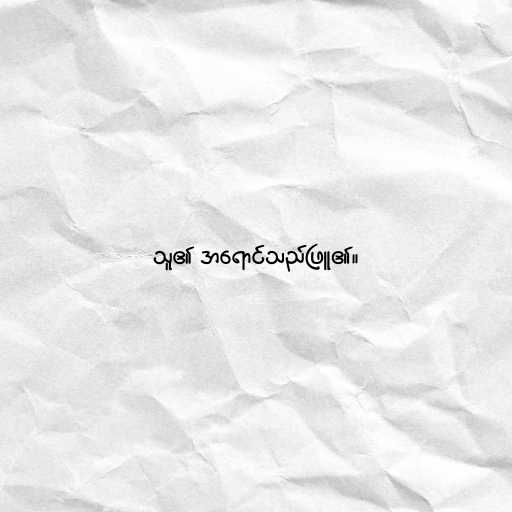
သူ၏ အရောင်သည်ဖြူ၏။